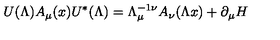
U ( \Lambda ) A _ { \mu } ( x ) U ^ { \ast } ( \Lambda ) = \Lambda _ { \mu } ^ { - 1 \nu } A _ { \nu } ( \Lambda x ) + \partial _ { \mu } H